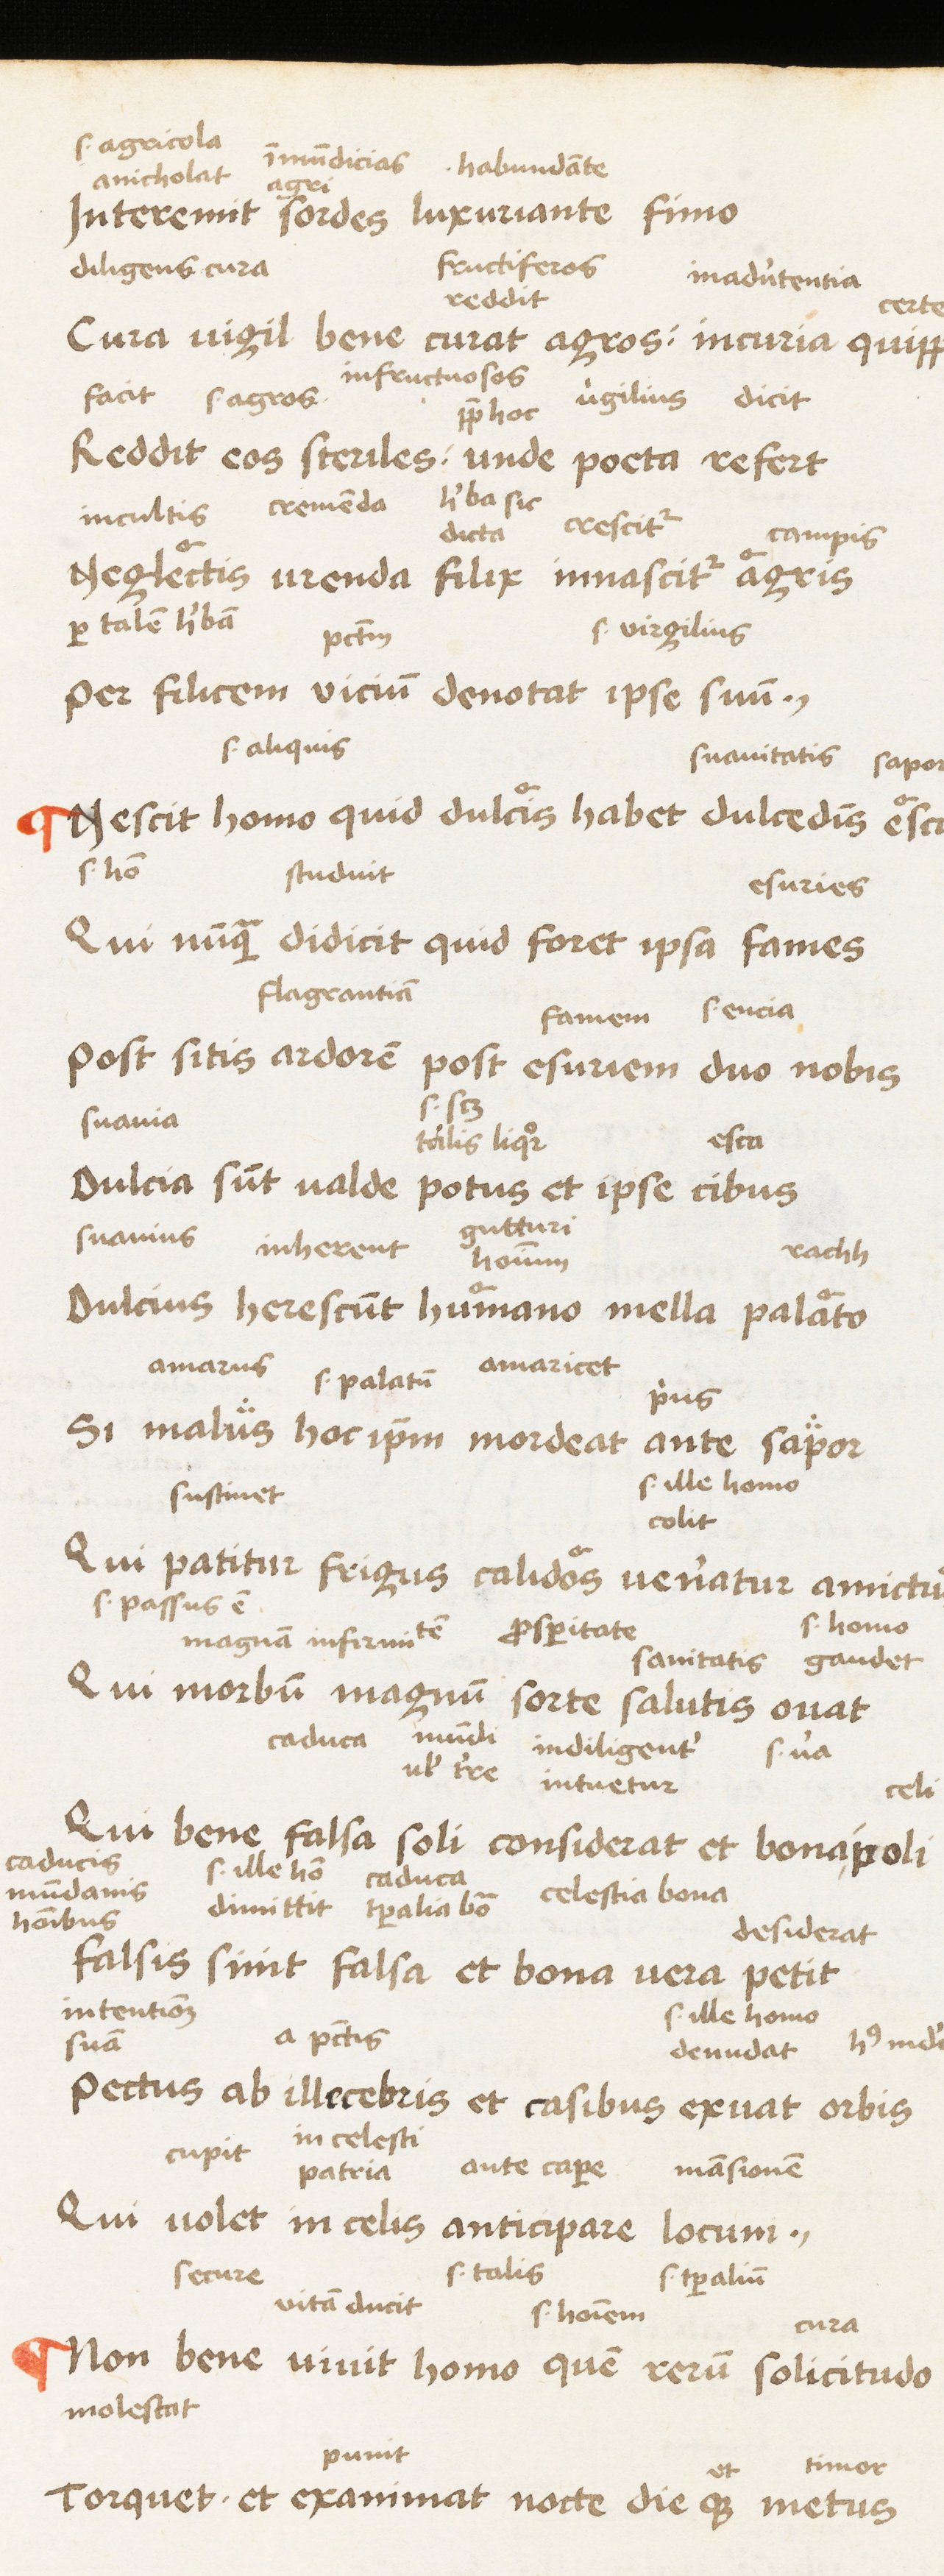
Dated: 1450–1474